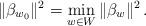
LaTeX: \begin{align*} \|\beta_{w_{0}}\|^{2}=\min_{w\in W}\|\beta_{w}\|^{2}\,.\end{align*}